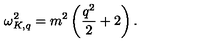
\omega _ { K , q } ^ { 2 } = m ^ { 2 } \left( \frac { q ^ { 2 } } { 2 } + 2 \right) .